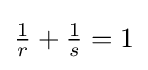
{\tfrac {1}{r}}+{\tfrac {1}{s}}=1